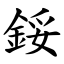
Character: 鋖